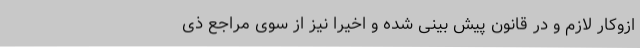
ازوکار لازم و در قانون پیش بینی شده و اخیراً‌ نیز از سوی مراجع ذی